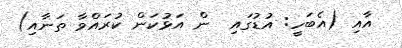
އާއި (އެބަހީ: އުޑުގައި  ން އަޅުކަން ކުރައްވާ ތަނާއި)